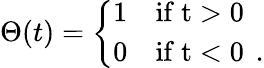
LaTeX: \Theta(t)=\left\{ \begin{array}{ll}{{1}}&{{\mathrm{if~t>0~}}}\\ {{0}}&{{\mathrm{if~t<0~}\, .}}\end{array}\right.